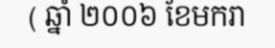
( ឆ្នាំ ២០០៦ ខែមករា